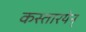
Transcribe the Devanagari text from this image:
कस्तारयेन्